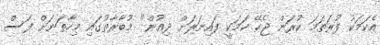
އެކަމަކު ފުރަތަމަ ކުރަން ޖެހޭ ކަމަކީ ފައިނަލަށް ދިއުން" މުބާރާތުގައި މިހާތަނަށް ފަސް